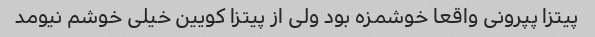
پیتزا پپرونی واقعا خوشمزه بود ولی از پیتزا کویین خیلی خوشم نیومد